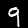
Digit: 9